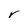
Character: r